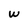
Character: w